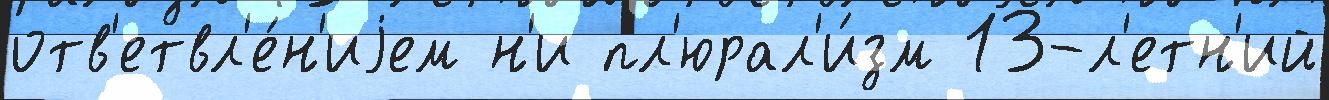
отв'етвл'е́н'иjем н'и пл'юрал'и́зм 13-л'етн'ий